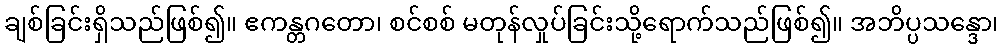
ချစ်ခြင်းရှိသည်ဖြစ်၍။ ဧကန္တဂတော၊ စင်စစ် မတုန်လှုပ်ခြင်းသို့ရောက်သည်ဖြစ်၍။ အဘိပ္ပသန္ဒော၊